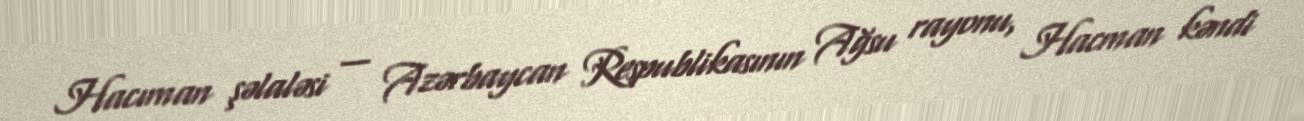
Hacıman şəlaləsi — Azərbaycan Respublikasının Ağsu rayonu, Hacman kəndi